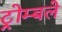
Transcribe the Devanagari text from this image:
ट्रोम्बले